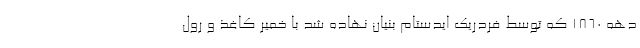
دهه 1860 که توسط فردریک ایدستام بنیان نهاده شد با خمیر کاغذ و رول